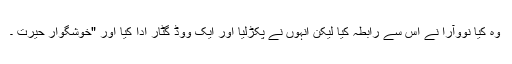
وہ کیا نووآرا نے اس سے رابطہ کیا لیکن انہوں نے پکڑلیا اور ایک ووڈ گٹار ادا کیا اور "خوشگوار حیرت ۔